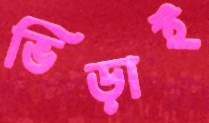
ভিড়াই